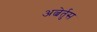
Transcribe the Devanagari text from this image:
अल्बेर्तुस